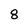
Character: 8